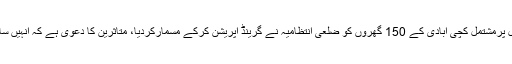
تفصیلات کے مطابق لودھراں میں 350 کنال پرمشتمل کچی آبادی کے 150 گھروں کو ضلعی انتظامیہ نے گرینڈ آپریشن کرکے مسمارکردیا، متاثرین کا دعویٰ ہے کہ انہیں سامان نکالنے تک کی بھی مہلت نہیں دی گئی۔